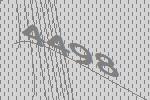
4498